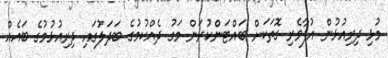
މުޅި ދިރިއުޅުން އުފާވެރި ގޮތަކަށް ބައްޓަންކުރަން މަގު ދެއްކުމުގެ ބަދަލުގައި ދިރިއުޅުމުގެ ބައެއް